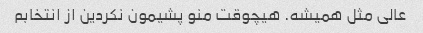
عالی مثل همیشه. هیچوقت منو پشیمون نکردین از انتخابم